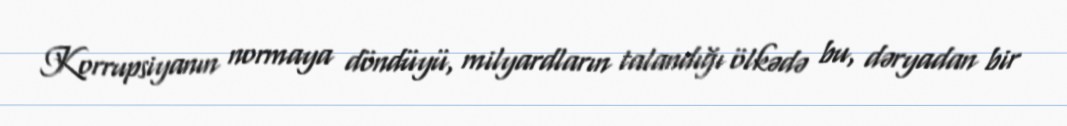
Korrupsiyanın normaya döndüyü, milyardların talandığı ölkədə bu, dəryadan bir